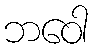
ဘဝေါ